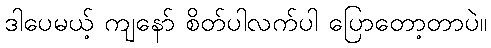
ဒါပေမယ့် ကျနော် စိတ်ပါလက်ပါ ပြောတော့တာပဲ။